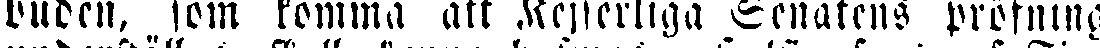
buden, som komma att Kejserliga Senatens pröfning